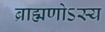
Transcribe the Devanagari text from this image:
ब्राह्मणोऽस्य